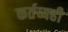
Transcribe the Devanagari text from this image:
कर्तव्यही